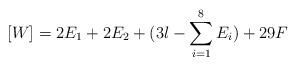
LaTeX: \begin{align*}[W]=2E_{1}+2E_{2}+(3l-\sum_{i=1}^{8}E_{i}) + 29F\end{align*}